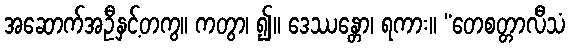
အဆောက်အဦနှင့်တကွ။ ကတွာ၊ ၍။ ဒေဿန္တော၊ ရကား။ “တေစတ္တာလီသံ